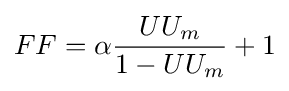
FF=\alpha {\frac {UU_{m}}{1-UU_{m}}}+1